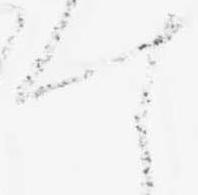
す